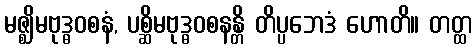
မဇ္ဈိမဗုဒ္ဓဝစနံ, ပစ္ဆိမဗုဒ္ဓဝစနန္တိ တိပ္ပဘေဒံ ဟောတိ။ တတ္ထ